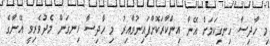
މި ހާދިސާ ހިނގިކަމަށް އޭނާ އިންކާރަކޮށްފައިނުވާއިރު މި ހާދިސާ ހިނގަން މެދުވެރިވީ އޭނާގެ